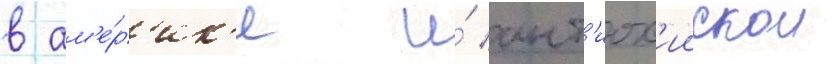
в ам'е́р'ик'е и́ ант'иох'иискои